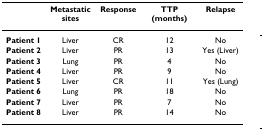
|  | Metastatic sites | Response | TTP (months) | Relapse |
 | --- | --- | --- | --- | --- |
 | Patient 1 | Liver | CR | 12 | No |
 | Patient 2 | Liver | PR | 13 | Yes (Liver) |
 | Patient 3 | Lung | PR | 4 | No |
 | Patient 4 | Liver | PR | 9 | No |
 | Patient 5 | Liver | CR | 11 | Yes (Lung) |
 | Patient 6 | Lung | PR | 18 | No |
 | Patient 7 | Liver | PR | 7 | No |
 | Patient 8 | Liver | PR | 14 | No |